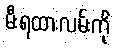
မီးရထားလမ်းကို